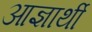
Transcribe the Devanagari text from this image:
आज्ञार्थी